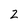
Character: 2